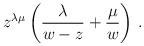
LaTeX: \begin{align*}z^{\lambda\mu}\left({\lambda\over w-z}+{\mu\over w}\right)\,.\end{align*}